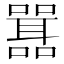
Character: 𭋾